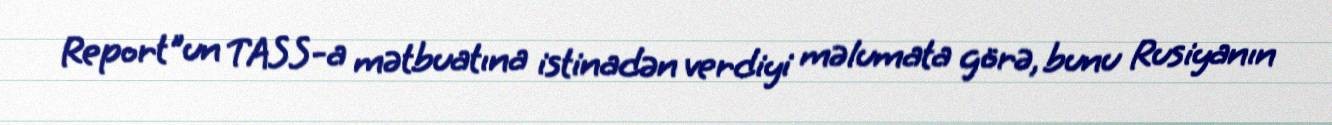
Report"un TASS-a mətbuatına istinadən verdiyi məlumata görə, bunu Rusiyanın